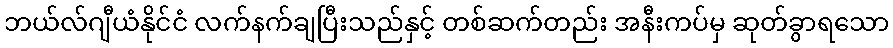
ဘယ်လ်ဂျီယံနိုင်ငံ လက်နက်ချပြီးသည်နှင့် တစ်ဆက်တည်း အနီးကပ်မှ ဆုတ်ခွာရသော